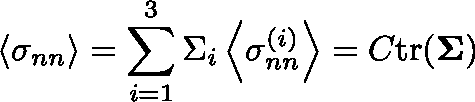
\left\langle \sigma _ { n n } \right\rangle = \sum _ { i = 1 } ^ { 3 } \Sigma _ { i } \left\langle \sigma _ { n n } ^ { ( i ) } \right\rangle = C \mathrm { t r } ( \mathbf { \Sigma } )